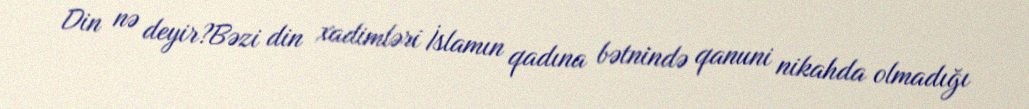
Din nə deyir?Bəzi din xadimləri İslamın qadına bətnində qanuni nikahda olmadığı